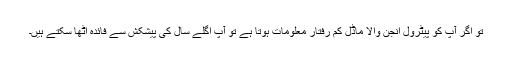
تو اگر آپ کو پیٹرول انجن والا ماڈل کم رفتار معلومات ہوتا ہے تو آپ اگلے سال کی پیشکش سے فائدہ اٹھا سکتے ہیں۔